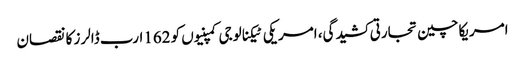
امریکاچین تجارتی کشیدگی، امریکی ٹیکنالوجی کمپنیوں کو 162ارب ڈالرز کا نقصان